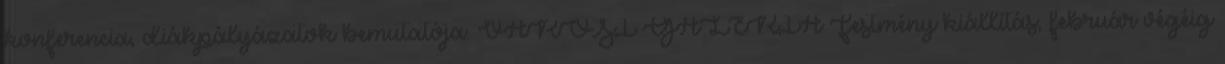
konferencia, diákpályázatok bemutatója. VÁROSI GALÉRIA Festmény kiállítás, február végéig